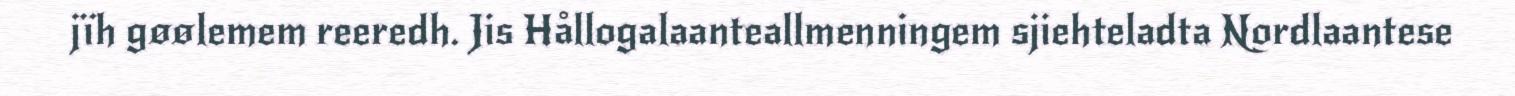
jïh gøølemem reeredh. Jis Hållogalaanteallmenningem sjiehteladta Nordlaantese